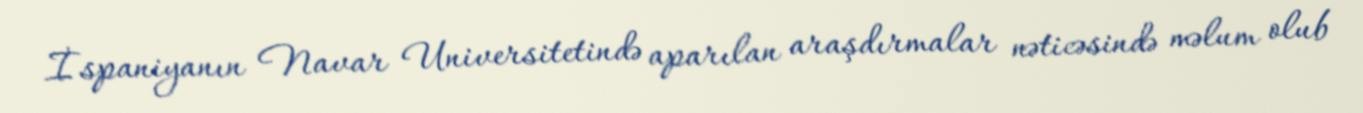
İspaniyanın Navar Universitetində aparılan araşdırmalar nəticəsində məlum olub